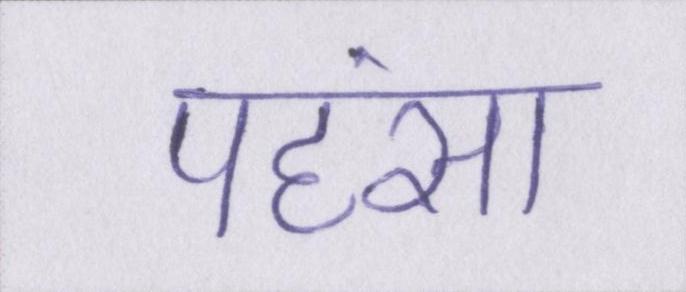
पहंसा